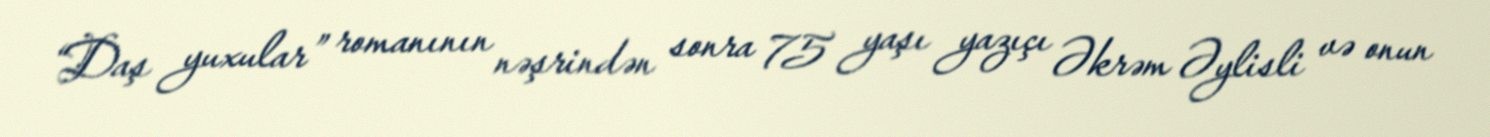
“Daş yuxular” romanının nəşrindən sonra 75 yaşı yazıçı Əkrəm Əylisli və onun